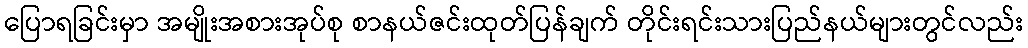
ပြောရခြင်းမှာ အမျိုးအစားအုပ်စု စာနယ်ဇင်းထုတ်ပြန်ချက် တိုင်းရင်းသားပြည်နယ်များတွင်လည်း